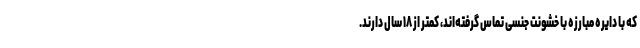
که با دایره مبارزه با خشونت جنسی تماس گرفته‌اند، کمتر از ۱۸ سال دارند.